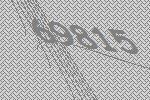
69815